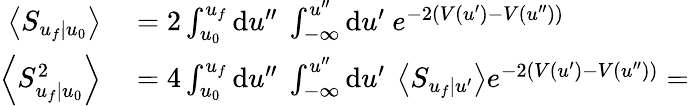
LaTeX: \begin{array}{rl}{\left\langle S_{u_{f}|u_{0}}\right\rangle}&{{}=2\int_{u_{0}}^{u_{f}}\mathrm{d}u^{\prime\prime}\ \int_{-\infty}^{u^{\prime\prime}}\mathrm{d}u^{\prime}\ e^{-2(V(u^{\prime})-V(u^{\prime\prime}))}}\\ {\left\langle S_{u_{f}|u_{0}}^{2}\right\rangle}&{{}=4\int_{u_{0}}^{u_{f}}\mathrm{d}u^{\prime\prime}\ \int_{-\infty}^{u^{\prime\prime}}\mathrm{d}u^{\prime}\ \left\langle S_{u_{f}|u^{\prime}}\right\rangle e^{-2(V(u^{\prime})-V(u^{\prime\prime}))}=}\end{array}